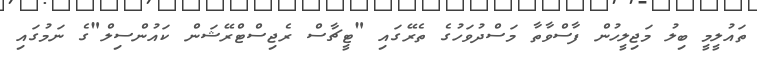
ތައުލީމީ ބިލު މަޖިލީހުން ފާސްވާތާ މަސްދުވަހުގެ ތެރޭގައި "ޓީޗާސް ރެޖިސްޓްރޭޝަން ކައުންސިލް"ގެ ނަމުގައި